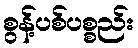
စွန့်ပစ်ပစ္စည်း